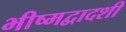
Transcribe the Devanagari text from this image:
भीष्मद्वादशी